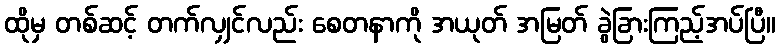
ထိုမှ တစ်ဆင့် တက်လျှင်လည်း စေတနာကို အယုတ် အမြတ် ခွဲခြားကြည့်အပ်ပြီ။